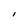
Character: I